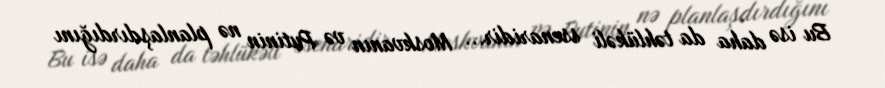
Bu isə daha da təhlükəli ssenaridir... Moskvanın və Putinin nə planlaşdırdığını